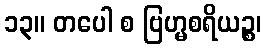
၁၃။ တပေါ စ ဗြဟ္မစရိယဉ္စ၊